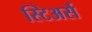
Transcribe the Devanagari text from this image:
स्टिअर्स